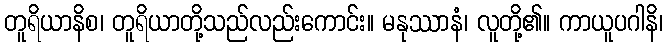
တူရိယာနိစ၊ တူရိယာတို့သည်လည်းကောင်း။ မနုဿာနံ၊ လူတို့၏။ ကာယူပဂါနိ၊